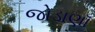
જોડાણૉ